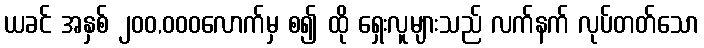
ယခင် အနှစ် ၂၀၀,၀၀၀လောက်မှ စ၍ ထို ရှေးလူများသည် လက်နက် လုပ်တတ်သော